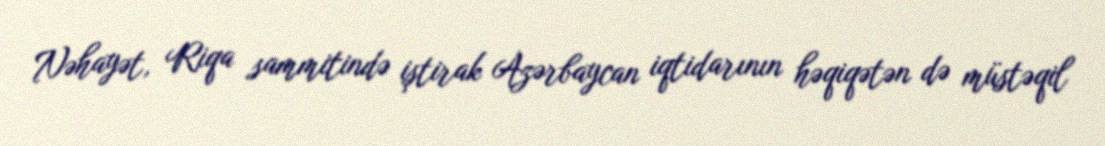
Nəhayət, Riqa sammitində iştirak Azərbaycan iqtidarının həqiqətən də müstəqil